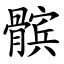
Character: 髌